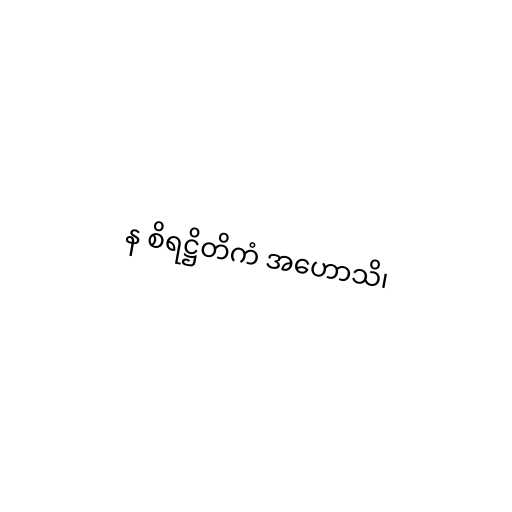
န စိရဋ္ဌိတိကံ အဟောသိ၊